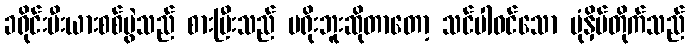
ခရိုင်းမီးယားစစ်ပွဲသည် စားပြီးသည် မရိုးဘူးဆိုတာတော့ သင်ပါဝင်သော ပုံနှိပ်တိုက်သည်